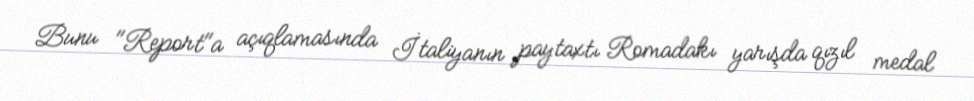
Bunu "Report"a açıqlamasında İtaliyanın paytaxtı Romadakı yarışda qızıl medal